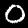
Digit: 0